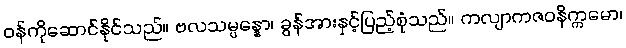
ဝန်ကိုဆောင်နိုင်သည်။ ဗလသမ္ပန္နော၊ ခွန်အားနှင့်ပြည့်စုံသည်။ ကလျာကဇဝနိက္ကမော၊